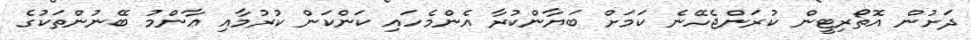
ދަށުން އޮތޯރިޓީން ކުރަންޖެހޭނެ ކަމަށް ބަޔާންކުރާ އެންމެހައި ކަންކަން ކުރުމާއި ޢާންމު ބޭނުންތަކުގެ